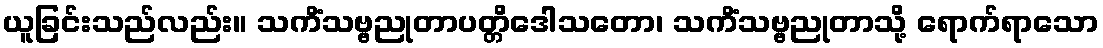
ယူခြင်းသည်လည်း။ သကိံသဗ္ဗညုတာပတ္တိဒေါသတော၊ သကိံသဗ္ဗညုတာသို့ ရောက်ရာသော